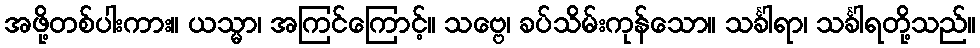
အဖို့တစ်ပါးကား။ ယသ္မာ၊ အကြင်ကြောင့်။ သဗ္ဗေ၊ ခပ်သိမ်းကုန်သော။ သင်္ခါရာ၊ သင်္ခါရတို့သည်။